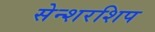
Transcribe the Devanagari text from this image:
सेन्शरशिप